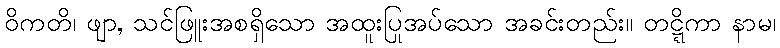
ဝိကတိ၊ ဖျာ, သင်ဖြူးအစရှိသော အထူးပြုအပ်သော အခင်းတည်း။ တဋ္ဋိကာ နာမ၊